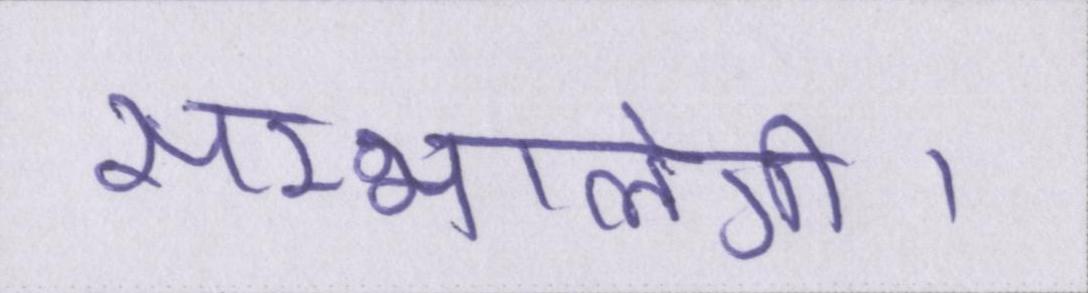
सम्भालेंगी।